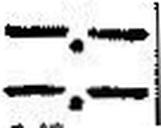
—.—